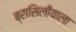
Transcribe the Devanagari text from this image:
ब्रासिलीयाला